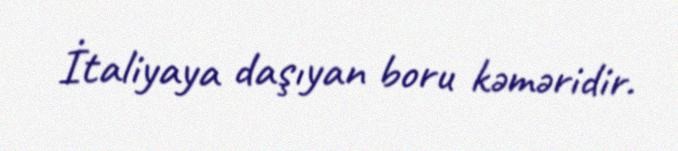
İtaliyaya daşıyan boru kəməridir.